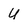
Character: U